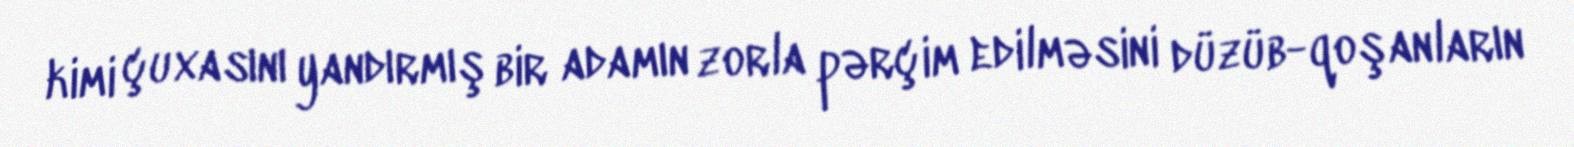
kimi çuxasını yandırmış bir adamın zorla pərçim edilməsini düzüb-qoşanların